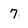
Character: 7